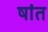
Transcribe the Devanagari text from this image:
षांत